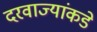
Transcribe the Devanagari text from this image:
दरवाज्यांकडे